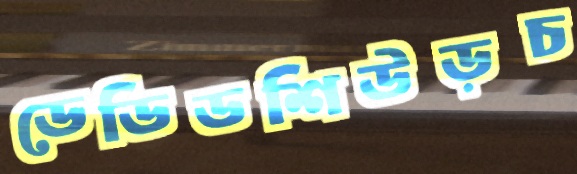
ডেডিডশিউড়চ